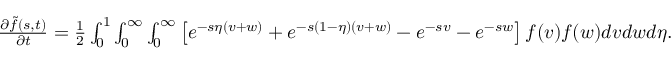
\begin{array} { r } { \begin{array} { r } { \frac { \partial \Tilde { f } ( s , t ) } { \partial t } = \frac { 1 } { 2 } \int _ { 0 } ^ { 1 } \int _ { 0 } ^ { \infty } \int _ { 0 } ^ { \infty } \left[ e ^ { - s \eta ( v + w ) } + e ^ { - s ( 1 - \eta ) ( v + w ) } - e ^ { - s v } - e ^ { - s w } \right] f ( v ) f ( w ) d v d w d \eta . } \end{array} } \end{array}